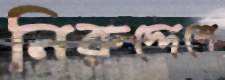
নিরুদ্দেশে